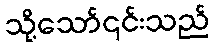
သို့သော်၎င်းသည်